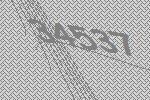
34537